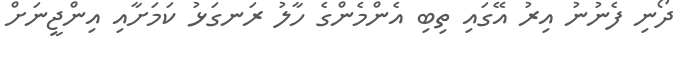
ދޯނި ފެނުނު އިރު އޭގައި ތިބި އެންމެންގެ ހާލު ރަނގަޅު ކަމަށާއި އިންޖީނަށް